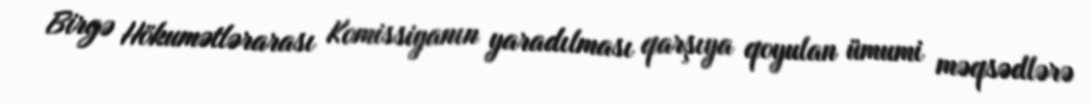
Birgə Hökumətlərarası Komissiyanın yaradılması qarşıya qoyulan ümumi məqsədlərə